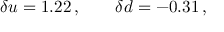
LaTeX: \delta u = 1 . 2 2 \, , \qquad \delta d = - 0 . 3 1 \, ,